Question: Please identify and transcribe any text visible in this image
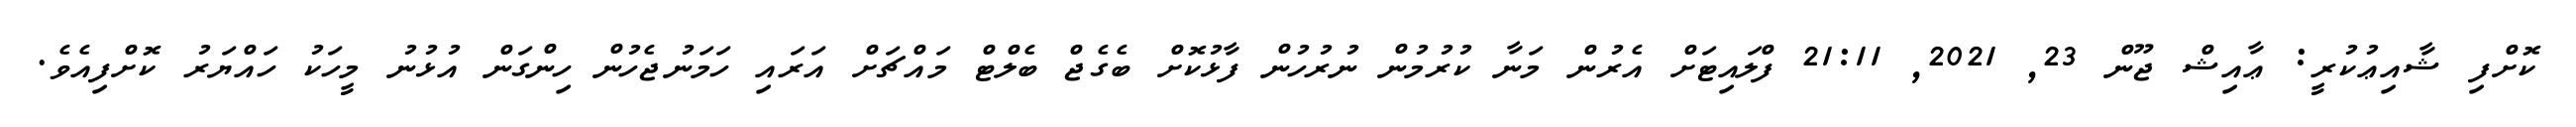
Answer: ކޮށްފި ޝާއިޢުކުރީ: ޢާއިޝް ޖޫން 23, 2021, 21:11 ފްލައިޓަށް އެރުން މަނާ ކުރުމުން ނުރުހުން ފާޅުކޮށް ބެގެޖް ބެލްޓް މައްޗަށް އަރައި ހަމަނުޖެހުން ހިންގަން އުޅުނު މީހަކު ހައްޔަރު ކޮށްފިއެވެ.